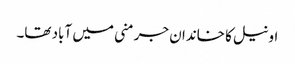
اونیل کا خاندان جرمنی میں آباد تھا۔